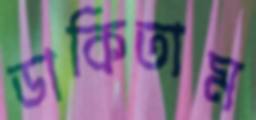
ডাকিতাম